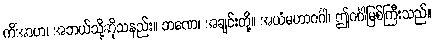
ကိံအာဟ၊ အဘယ်သို့ဆိုသနည်း။ ဘဏေ၊ အချင်းတို့။ အယံမဟာဂင်္ဂါ၊ ဤဂင်္ဂါမြစ်ကြီးသည်။